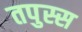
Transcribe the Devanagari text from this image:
तपुस्स